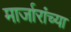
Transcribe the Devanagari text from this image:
मार्जारांच्या